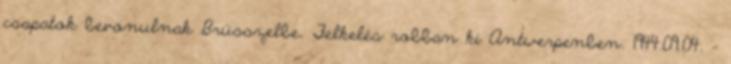
csapatok bevonulnak Brüsszelbe. Felkelés robban ki Antwerpenben. 1944.09.04. -